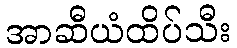
အာဆီယံထိပ်သီး